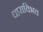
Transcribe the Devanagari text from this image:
धाराविभव